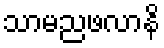
သာမညဖလာနိ